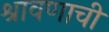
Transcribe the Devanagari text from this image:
श्रावणाची